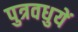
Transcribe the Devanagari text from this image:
पुत्रवधुयें